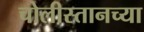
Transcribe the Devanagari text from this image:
चोलीस्तानच्या